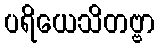
ပရိယေသိတဗ္ဗာ